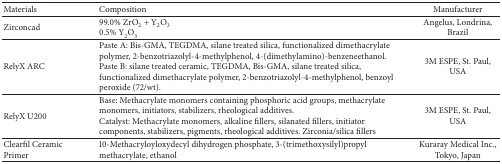
<table><thead><tr><td><b>Materials</b></td><td><b>Composition</b></td><td><b>Manufacturer</b></td></tr></thead><tbody><tr><td>Zirconcad</td><td>99.0% ZrO<sub>2</sub> + Y<sub>2</sub>O<sub>3</sub> 0.5% Y<sub>2</sub>O<sub>3</sub></td><td>Angelus, Londrina, Brazil</td></tr><tr><td>RelyX ARC</td><td>Paste A: Bis-GMA, TEGDMA, silane treated silica, functionalized dimethacrylate polymer, 2-benzotriazolyl-4-methylphenol, 4-(dimethylamino)-benzeneethanol.Paste B: silane treated ceramic, TEGDMA, Bis-GMA, silane treated silica, functionalized dimethacrylate polymer, 2-benzotriazolyl-4-methylphenol, benzoyl peroxide (72/wt).</td><td>3M ESPE, St. Paul, USA</td></tr><tr><td>RelyX U200</td><td>Base: Methacrylate monomers containing phosphoric acid groups, methacrylate monomers, initiators, stabilizers, rheological additives.Catalyst: Methacrylate monomers, alkaline fillers, silanated fillers, initiator components, stabilizers, pigments, rheological additives. Zirconia/silica fillers</td><td>3M ESPE, St. Paul, USA</td></tr><tr><td>Clearfil Ceramic Primer</td><td>10-Methacryloyloxydecyl dihydrogen phosphate, 3-(trimethoxysilyl)propyl methacrylate, ethanol</td><td>Kuraray Medical Inc., Tokyo, Japan</td></tr></tbody></table>